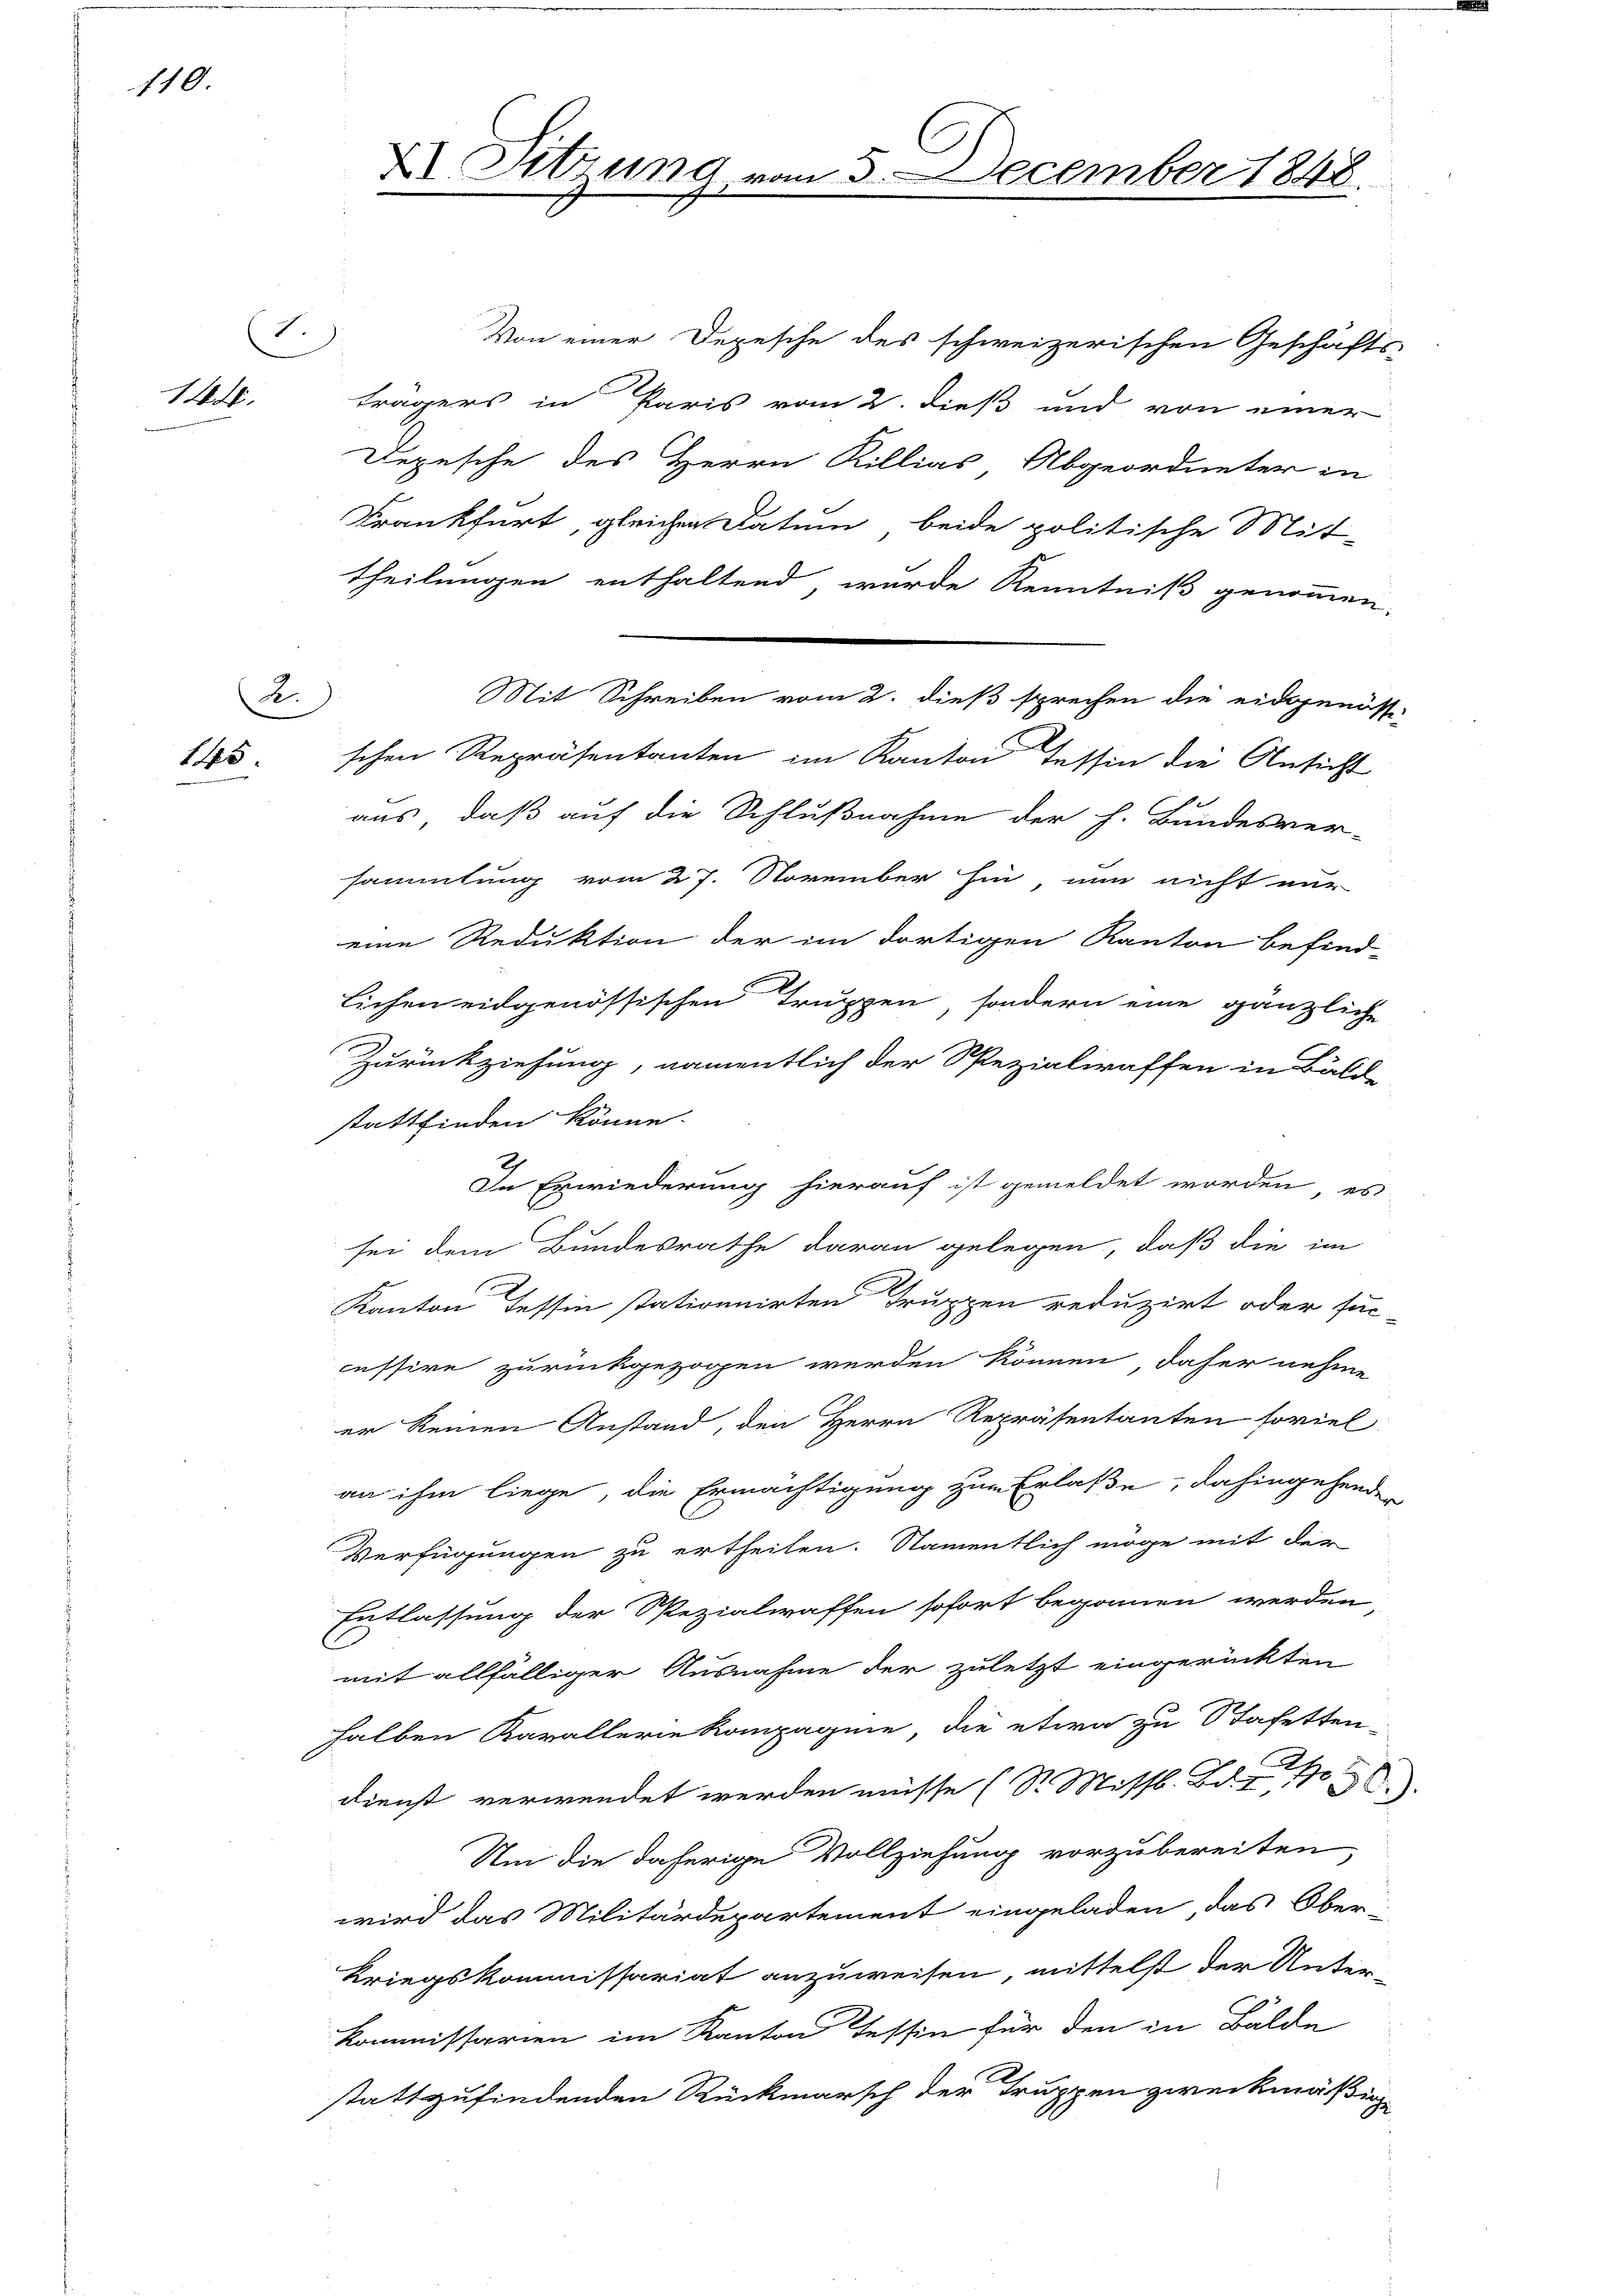
110.

)
144.

145

2.

Von einer Depesche des schweizerischen Geschäfts-
trägers in Paris vom 2. dieß und von einer
Depesche des Herrn Rillias Abgeordneter in
Krankfurt, gleichen Datum beide politische Mit-
theilungen enthaltend, wurde Kenntniß genommen,
schen Repräsentanten im Kanton Tessin die Ansicht
aus, daß auf die Schlußnahme der h. Bundesver-
sammlung vom 27. November hin, nun nicht nur
eine Reduktion der im dortigen Kanton befind-
lichen eidgenössischen Truppen, sondern eine gänzliche
Zurückziehung, namentlich der Spezialiraffen in Bäld
stattfinden könne.
In Erwiederung hierauf ist gemeldet worden, es
sei dem Bundesrathe daran gelegen, daß die im
Kanton Tessin stationnirten Truppen reduzirt oder suc-
cessive zurückgezogen werden können daher nehme
er keinen Anstand, den Herrn Repräsentanten soviel
an ihm liege, die Ermächtigung zur Erlaße, dahingehender
Verfügungen zu ertheilen. Namentlich möge mit der
Entlassung der Rezialwaffen sofort begonnen werden,
mit allfälliger Ausnahme der zuletzt eingerückten
halben Kavallerie Kompagnie die etwa zu Stafetten-
dienst verwendet werden müsse (S. Miss. Bd
Um die daherige Vollziehung vorzubereiten,
wird das Militärdepartement eingeladen, das Ober-
Kriegskommissariat anzuweisen, mittelst der Unter-
Kommissarien im Kanton Tessin für den in Bälde
stattzufindenden Rückmarsch der Truppen zweckmäßig

D Sitzung u

¬
m 3. December 1848.

Mit Schreiben vom 2. dieß sprechen die eidgenössi